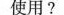
使用?